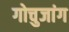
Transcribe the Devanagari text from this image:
गोचुजांग